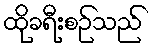
ထိုခရီးစဉ်သည်